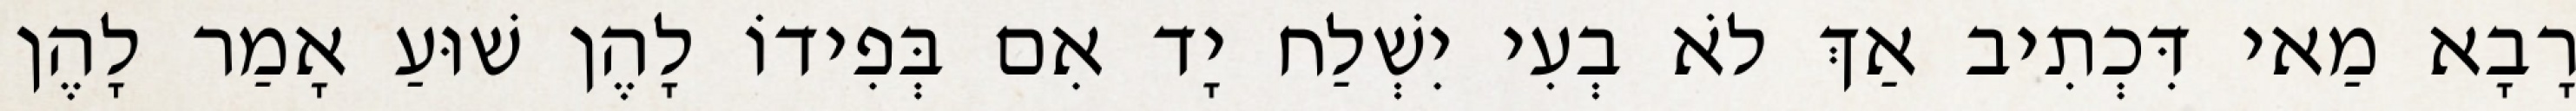
רָבָא מַאי דִּכְתִיב אַךְ לֹא בְעִי יִשְׁלַח יָד אִם בְּפִידוֹ לָהֶן שׁוּעַ אָמַר לָהֶן